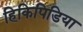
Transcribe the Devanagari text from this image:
हिकिपिडिया